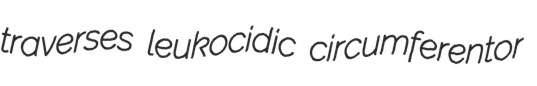
traverses leukocidic circumferentor